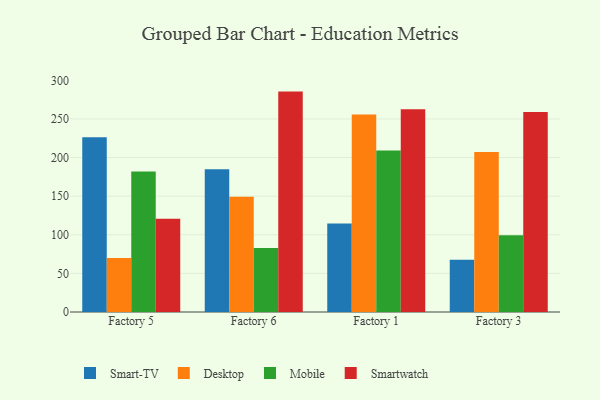
{"axis": {"x": "Factory", "y": "Production Output"}, "legend": ["Desktop", "Mobile", "Smart-TV", "Smartwatch"], "data": [{"x": "Factory 5", "y": 226.3, "type": "Smart-TV"}, {"x": "Factory 5", "y": 70.0, "type": "Desktop"}, {"x": "Factory 5", "y": 181.9, "type": "Mobile"}, {"x": "Factory 5", "y": 120.9, "type": "Smartwatch"}, {"x": "Factory 6", "y": 184.7, "type": "Smart-TV"}, {"x": "Factory 6", "y": 149.4, "type": "Desktop"}, {"x": "Factory 6", "y": 83.0, "type": "Mobile"}, {"x": "Factory 6", "y": 285.4, "type": "Smartwatch"}, {"x": "Factory 1", "y": 114.7, "type": "Smart-TV"}, {"x": "Factory 1", "y": 255.7, "type": "Desktop"}, {"x": "Factory 1", "y": 209.0, "type": "Mobile"}, {"x": "Factory 1", "y": 262.6, "type": "Smartwatch"}, {"x": "Factory 3", "y": 67.6, "type": "Smart-TV"}, {"x": "Factory 3", "y": 207.1, "type": "Desktop"}, {"x": "Factory 3", "y": 99.4, "type": "Mobile"}, {"x": "Factory 3", "y": 259.1, "type": "Smartwatch"}]}